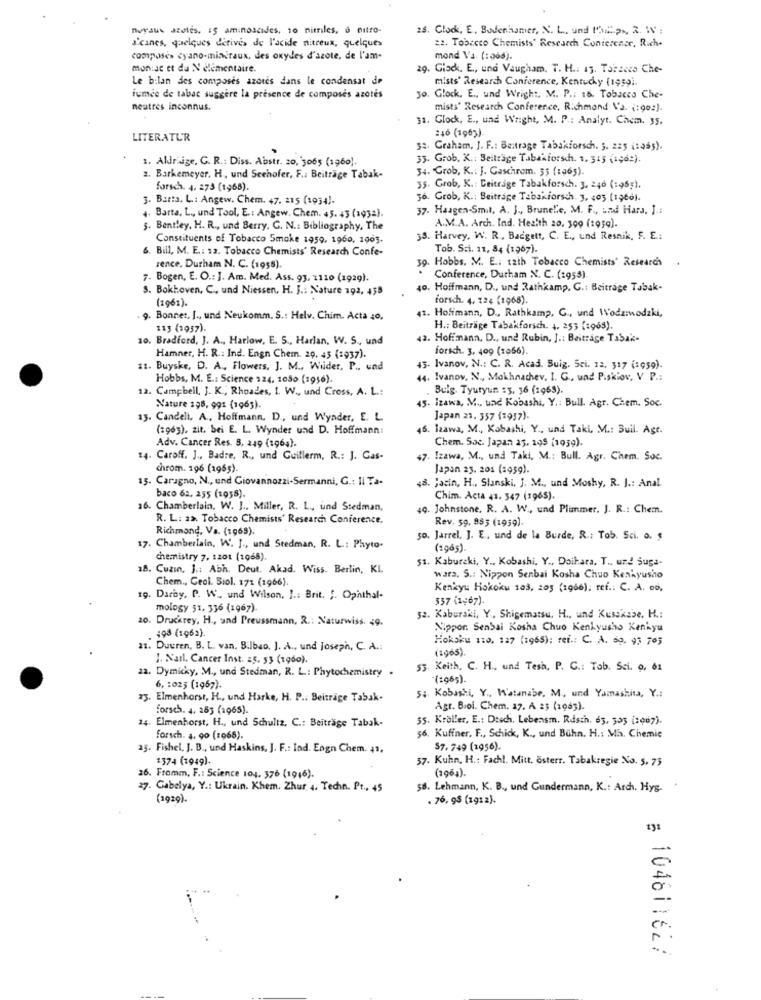
nuraus azotes. 15 aminoscides, 10 nitriles, 6 nitro-
25. Clock, E, Bodenhamer, N. L ., und Mich px, 2. WV :
22. Tobacco Chemists' Research Conference, Rich.
s'canes, quelques dérivés de l'acide nitreux, quelques
composes cyano-minéraux, des oxydes d'azote, de l'am-
mond Va. (: 966).
mon:Je et da N elementaire.
29. Glock. E ., und Vaugham. T. H .: 15. Tabacco Che-
Le bilan des composes azotes dans le condensat de
mists' Research Conference, Kentucky (1959)
iumde de tabac suggère la présence de composes azotés
jo. Glock. E ., und Wright. M. P .: 16. Tobacco Che-
neutres inconnus.
mists' Research Conference, Richmond Va. (:902).
31. Glock, E ., und Wright, M. P .: Analyt. Chem. 35.
:46 (1963)
LITERATUR
32. Graham, J. F .: Beitrage Tabakforsch. ;. 225 (sas).
1. Aldrige, G. R .: Diss. Abstr. 20, 3065 (1960).
35. Grob. K .: Beiträge Tabakforschh. 1. 315 (iç6:).
34. Grob, K .: J. Gaschrom. 55 (106).
2. Barkemeyer. H. und Seehofer, F .: Beiträge Tabak-
forsch. 4. 275 (1968).
35. Grob, K. : Beitrage Tabakforsch. 3. 246 (1965),
3. Barta. L .: Angew. Chem. 47. 215 (1934).
36. Grob, K .: Beitrage Tabakforsch. 3, 405 (1966).
37. Haagen-Smil, A. J ., BruneLe, M. F ., und Hara, J .:
4. Barta, L ., und Tool, E .: Angew. Chem. 45. 43 (1932).
5. Bentley, H. R ., und Berry, G. N .: Bibliography, The
A.M.A. Arch. Ind. Health 20, 300 (1959).
Constituents of Tobacco Smoke 1959, 1960, 1905.
33. Harvey, W. R. Badgett, C. E ., und Resnik, F. E .:
6. Bill, M. E .: 12. Tobacco Chemists' Research Confe-
Tob. Sci. 11, 84 (1967).
39. Hobbs. M. E .: 1aih Tobacco Chemists' Research
.
rence, Durham N. C. (1955).
7. Bogen, E. O .: J. Am. Med. Ass. 93, 1110 (1929).
. Conference, Durham N. C. (1955)
3. Bokhoven, C ., und Niessen, H. J .: Nature 192, 458
40. Hoffmann, D ., und Rathkamp. G .: Beitrage Tabak-
(1961).
forsch. 4. 124 (1968).
Bonnet, J ., und Neukomm. S .: Helv. Chim. Acta 40,
41. Hoffmann, D ., Rathkamp, G ., und Wodziwodzki,
113 (3057).
H .: Beiträge Tabakforsch. 4. 253 (1963).
10. Bradford, J. A ., Harlow, E. S ., Harlan, W. S ., und
42. Hoffmann, D ., und Rubin, J .: Beitrage Tabak-
forsch. 3, 409 (1056).
Hamner, H. R .: Ind. Engn Chem. 20. 45 (1937).
11. Buyske, D. A ., Flowers, J. M ., Wiider, P ., und
45. Ivanov, N .: C. R. Acad. Buig. Sci. 12, 317 (:959).
Hobbs, M. E .: Science 124, 1050 (1956).
44. Ivanov, N ., Mokhnachev. I. G ., und P.skiov, V P .:
12. Campbell, J. K ., Rhoades, I. W ., und Cross, A. L .:
Bulg. Tyutyun :3, 36 (1969).
45. Izawa, M ., und Kobashi, Y .: Bull. Agr. Chem. Soc.
Nature 195, 9g: (1965).
13. Candeli. A ., Hoffmann. D ., und Wynder, E. L.
Japan 23. 357 (1937).
(1963), zit. bei E. L. Wynder und D. Hoffmann:
45. Izawa, M ., Kobashi, Y ., und Taki, M .: Buil. Agt.
Adv. Cancer Res. 8, 249 (1964).
Chem. Soc. Japan 25, 105 (1959).
14. Caroff. J ., Badre, R ., und Guillerm, R .: J. Gas-
47. Izawa, M ., und Taki, M .: Bull. Agr. Chem. Soc.
chrom. 196 (1965).
Japan 23. 201 (:959).
. Carugno, N ., und Giovannozzi-Sermanni, G .: Il Ta-
48. jacin, H ., Slanski, J. M ., und Moshy, R. J .: Anal.
baco 62, 255 (1958).
Chim. Acta 41. 347 (1965).
16. Chamberlain. W. J .. Miller, R. L ., und Stedman,
49. Johnstone. R. A. W ., und Plummer. J. R .: Chem.
R. L: a>. Tobacco Chemists' Research Conference.
Rev. 59, 985 (1959).
Richmond, Va. (1969).
so. Jarrel. J. E ., und de la Burde, R .: Tob. Sci. o. $
17. Chamberlain, W. J ., und Stedman, R. L .: Phyto-
(1985).
chemistry 7, 1201 (1068).
51. Kabureki, Y ., Kobashi. Y ., Doihara. T .. und Suga-
18. Cuzin, J .: Abh. Deut. Akad. Wiss. Berlin, KL
Chem ., Geol. Siol. 171 (1966).
wars. S .: Nippon Senbai Kosha Chuo Kenkyusho
Kenkyu Hokoku 103, 205 (1966); ref .: C. A. 00.
19. Darby, P. W ., und Wilson, I .: Brit. f. Ophthal-
537 (1967)
mology 51, 336 (1967)
20. Druckrey, H ., und Preussmann, R .: Naturwiss. 49.
52. Kaburaki, Y ., Shigematsu. H ., und Kusskabe, H .:
Nippon. Senbai Kosha Chuo Kenkyusho Kenkyu
. 198 (1962).
Hokaku 110, 127 (1968): ref .: C. A. 00. 95 70;
11. Duuren, B. L. van. Bilbao, J. A .. und Joseph, C. A .:
(1965)
J. Natl. Cancer Inst. 25. 53 (1960).
22. Dymicky, M ., und Stedman, R. L .: Phytochemistry .
53 Keith, C. H ., und Tesh, P. C .: Tob. Sci. o, 61
-( 2005) .
6, 1025 (1967).
13. Elmenhorst, H ., und Harke, H. P .: Beiträge Tabak-
5: Kobashi, Y ., Watanabe, M, und Yamashita, Y .:
forsch. 4. 185 (1965).
Agr. Biol. Chem. 17. A 25 (1993).
24. Elmenhorst, H ., und Schultz, C .: Beiträge Tabak-
55. Kröller, E .: Dtsch. Lebensm. Rdsth. 65, 505 [:067).
forsch. 4, 90 (1968).
56. Kuffner, F ., Schick, K ., und Bühn. H .: Mi. Chemie
15. Fishel. J. B ., und Haskins, J. F .: Ind. Eogn Chem. 41.
57. 749 (1956).
1374 (1949).
37. Kuhn, H .: Fach !. Mitt. österr. Tabakregie No. 5. 75
26. Framm, F .: Science 104. 376 (1946).
(1964).
27. Gabelya, Y .: Ukrain. Khem. Zhur 4. Techn. Pt. 45
58. Lehmann, K. B ., und Gundermann, K .: Arch. Hyg.
(1929).
. 76, 95 (1912).
# 104611627